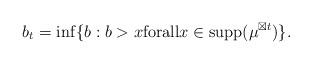
LaTeX: \begin{align*}b_t=\inf\{ b: b>x\mathrm{forall}x\in \mathrm{supp}(\mu^{\boxtimes t}) \}.\end{align*}